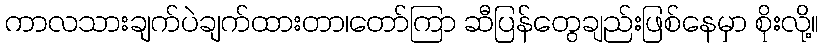
ကာလသားချက်ပဲချက်ထားတာ၊တော်ကြာ ဆီပြန်တွေချည်းဖြစ်နေမှာ စိုးလို့။